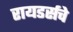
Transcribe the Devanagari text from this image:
रायडर्सचे